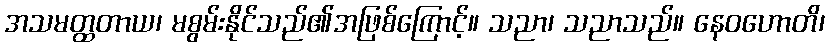
အသမတ္ထတာယ၊ မစွမ်းနိုင်သည်၏အဖြစ်ကြောင့်။ သညာ၊ သညာသည်။ နေဝဟောတိ၊